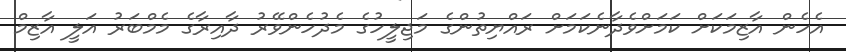
އެހެން އާޒިމަކަށް ކަމަށްވެދާނެކަމަށް ރައްޔިތުންގެ މަޖިލީހުގެ މެދުހެންވޭރު ދާއިރާގެ މެމްބަރު އަލީ އާޒިމް